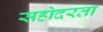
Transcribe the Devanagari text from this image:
सहोदरता